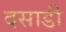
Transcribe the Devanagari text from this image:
दसाडी